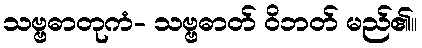
သဗ္ဗဓာတုကံ- သဗ္ဗဓာတ် ဝိဘတ် မည်၏။